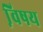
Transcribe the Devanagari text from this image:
वि़षय